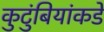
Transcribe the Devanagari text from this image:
कुटुंबियांकडे